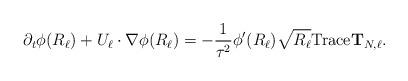
LaTeX: \begin{align*}\partial_{t} \phi(R_{\ell}) + U_{\ell} \cdot \nabla \phi(R_{\ell}) = - \dfrac{1}{\tau^2} \phi'(R_{\ell}) \sqrt{R_{\ell}}{\rm Trace} \mathbf{T}_{N,\ell}.\end{align*}